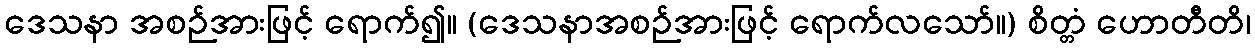
ဒေသနာ အစဉ်အားဖြင့် ရောက်၍။ (ဒေသနာအစဉ်အားဖြင့် ရောက်လသော်။) စိတ္တံ ဟောတီတိ၊